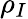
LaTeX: \rho_{I}